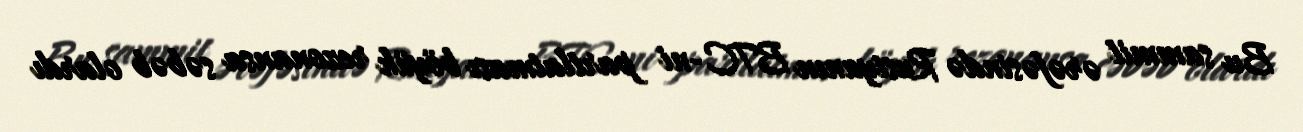
Bu sammit ərəfəsində Rusiyanın BTC-ni partlatması böyük rezonansa səbəb olardı